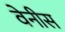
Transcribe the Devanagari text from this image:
वेनीस